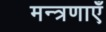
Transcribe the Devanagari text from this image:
मन्त्रणाएँ